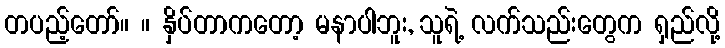
တပည့်တော်။ ။ နှိပ်တာကတော့ မနာပါဘူး, သူရဲ့ လက်သည်းတွေက ရှည်လို့